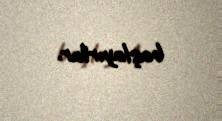
başlayırlar.